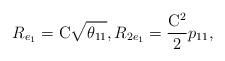
LaTeX: \begin{align*} R_{e_1}=\mathrm{C}\sqrt{\theta_{11}}, R_{2e_1} = \frac{\mathrm{C}^2}{2}p_{11}, \end{align*}